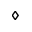
\diamond